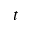
t